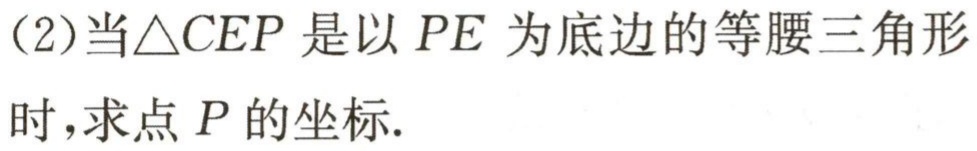
(2)当\(\triangle CEP\)是以\(PE\)为底边的等腰三角形时,求点\(P\)的坐标.